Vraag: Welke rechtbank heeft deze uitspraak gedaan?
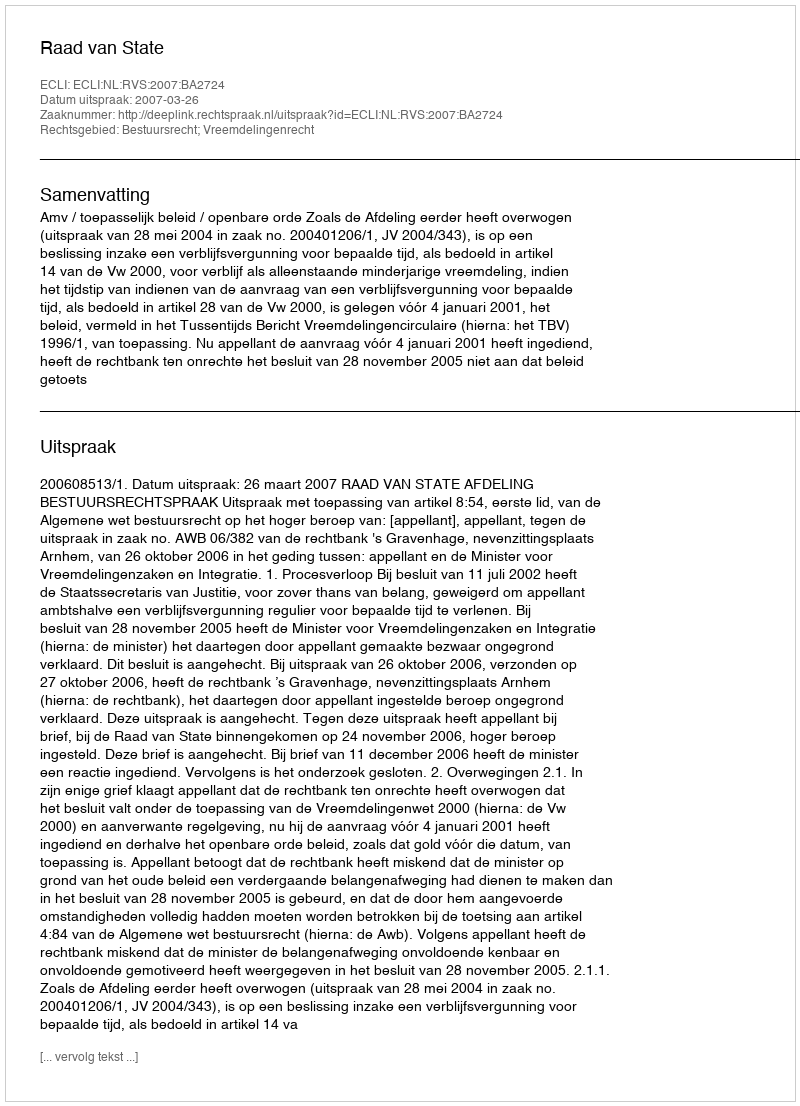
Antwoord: Raad van State